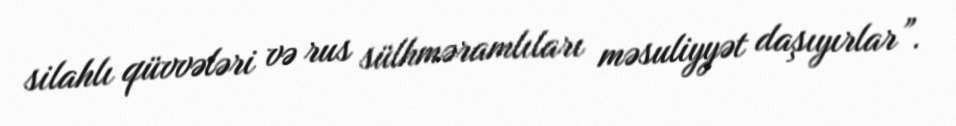
silahlı qüvvələri və rus sülhməramlıları məsuliyyət daşıyırlar”.